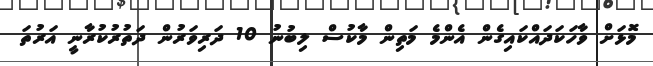
މޮޅަށް ވާހަކަދައްކައިގެން އެންމެ މަތިން މާކުސް ލިބުނު 10 ދަރިވަރުން ދަތުރުކުރާނީ އަރުތަ